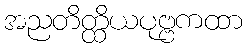
အညတိတ္ထိယပုဗ္ဗကထာ